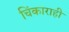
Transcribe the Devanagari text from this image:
चिंकाराही